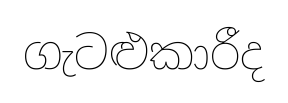
ගැටළුකාරීද